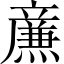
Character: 𤎉